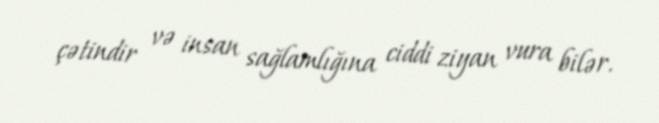
çətindir və insan sağlamlığına ciddi ziyan vura bilər.